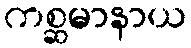
ကစ္ဆမာနာယ